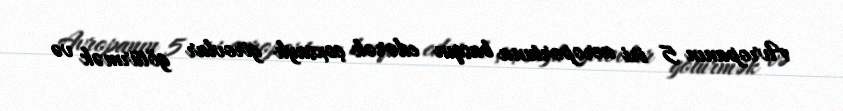
Avropanın 5 iri aeroportuna basqın edərək çoxsaylı girovlar götürmək və